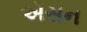
ઍસન